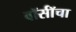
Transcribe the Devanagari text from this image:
वॉर्सॉचा